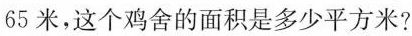
65米，这个鸡舍的面积是多少平方米?